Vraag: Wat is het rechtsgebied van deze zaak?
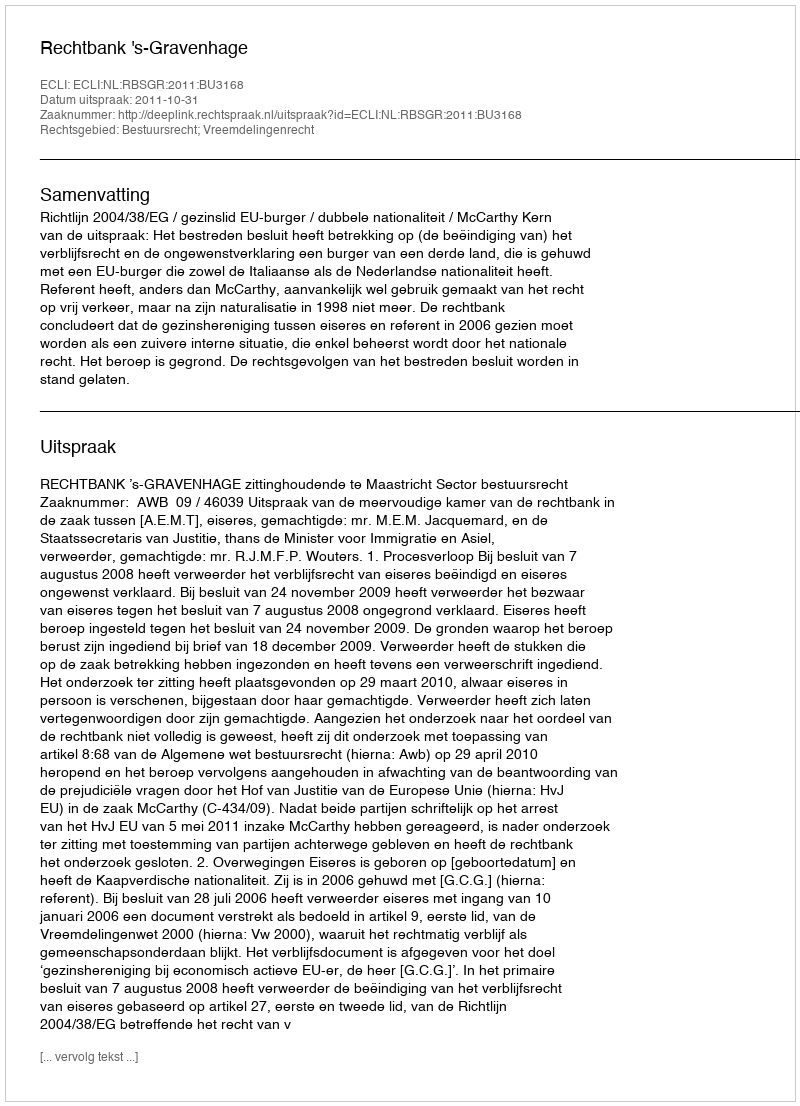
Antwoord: Bestuursrecht; Vreemdelingenrecht